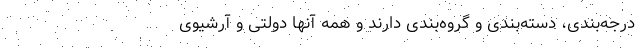
درجه‌بندی، دسته‌بندی و گروه‌بندی دارند و همه آنها دولتی و آرشیوی